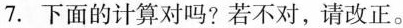
7.下面的计算对吗?若不对，请改正。